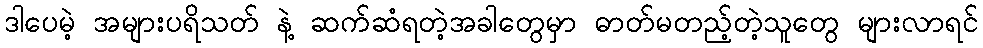
ဒါပေမဲ့ အများပရိသတ် နဲ့ ဆက်ဆံရတဲ့အခါတွေမှာ ဓာတ်မတည့်တဲ့သူတွေ များလာရင်